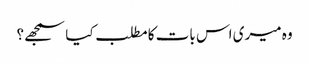
وہ میری اس بات کا مطلب کیا سمجھے؟